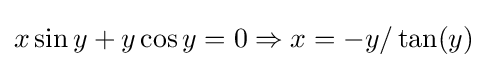
x\sin y+y\cos y=0\Rightarrow x=-y/\tan(y)